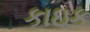
કાઇક